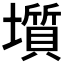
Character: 𡒻